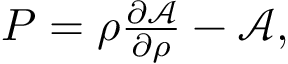
\begin{array} { r } { P = \rho \frac { \partial \mathcal { A } } { \partial \rho } - \mathcal { A } , } \end{array}